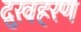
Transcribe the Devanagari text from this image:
दुखहरण